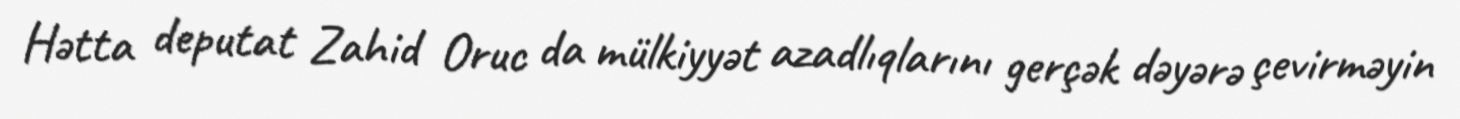
Hətta deputat Zahid Oruc da mülkiyyət azadlıqlarını gerçək dəyərə çevirməyin